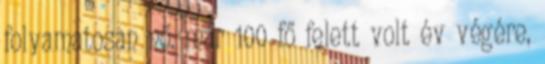
folyamatosan nő, már 100 fő felett volt év végére,